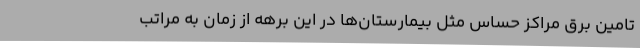
تامین برق مراکز حساس مثل بیمارستان‌ها در این برهه از زمان به مراتب